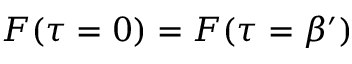
F ( \tau = 0 ) = F ( \tau = \beta ^ { \prime } )